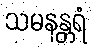
သမနန္တရံ